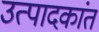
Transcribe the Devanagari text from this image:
उत्पादकांत